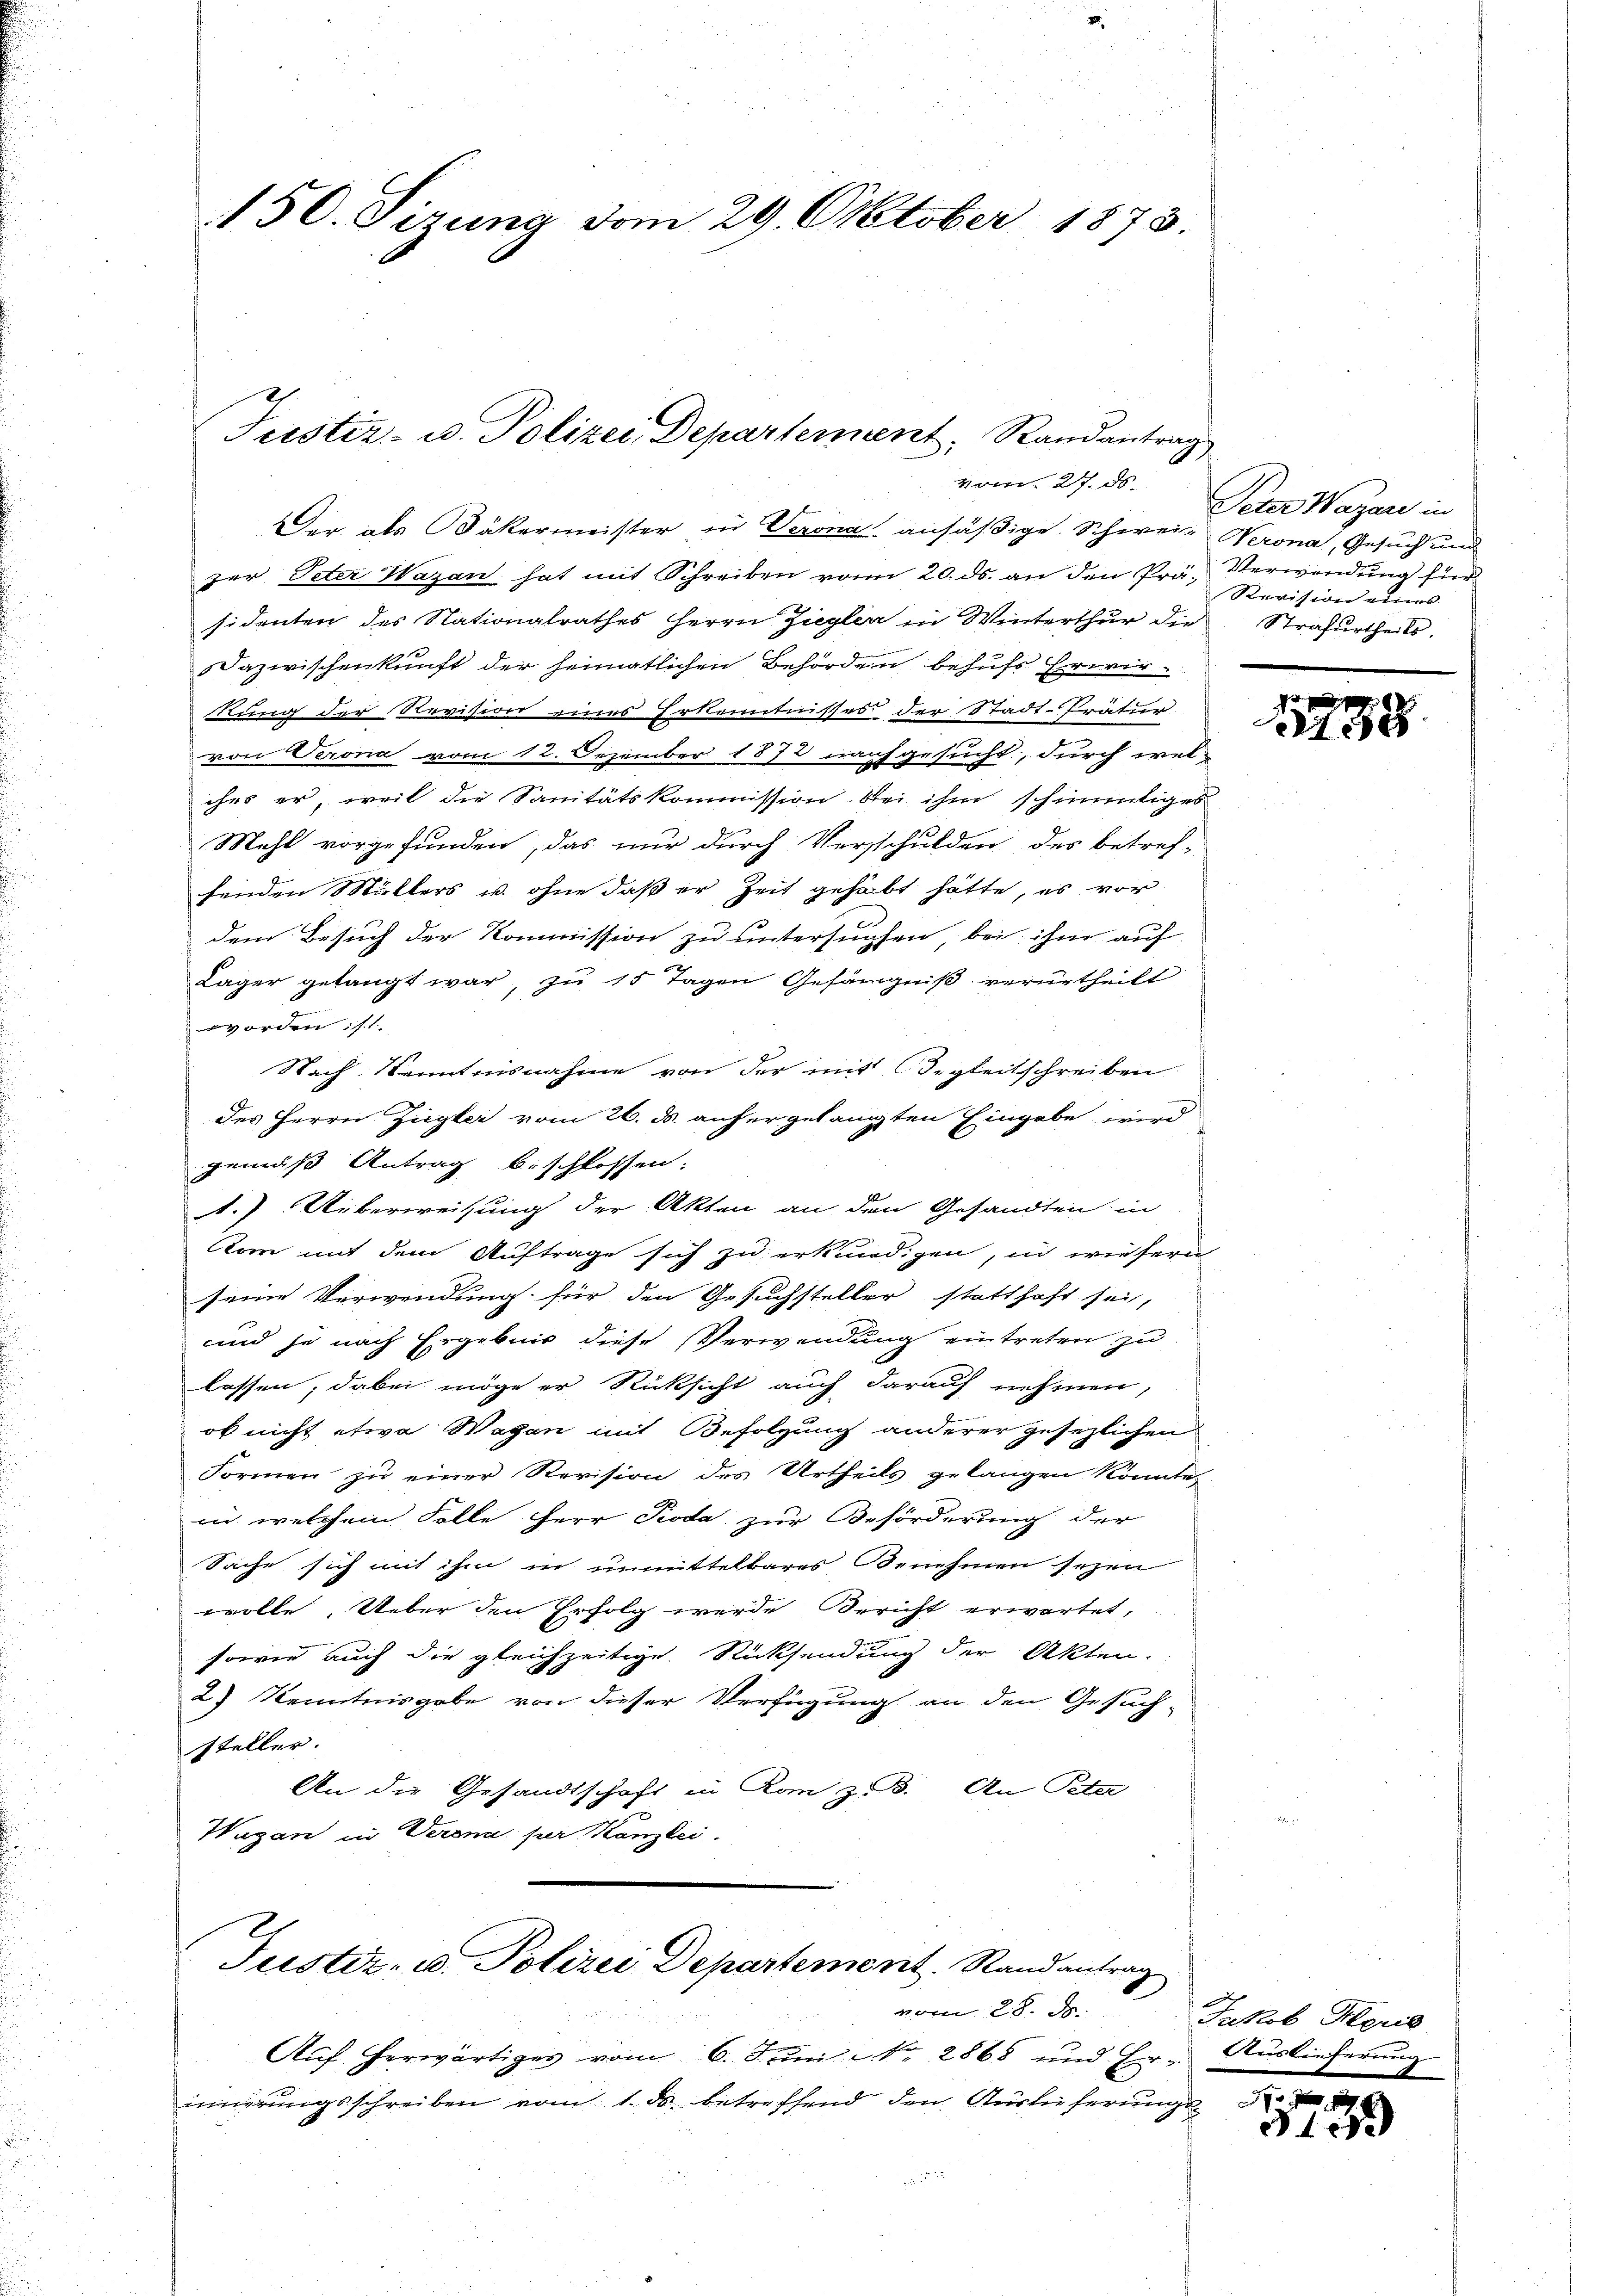
150. Sizung vom 29. Oktober 1873.

Justiz- u. Polizei Departement, Randantrag
vom 27. ds.

Der als Bäkermeister in Verona ansäßige. Schwein Verona, Gesuch und
zer Peter Wazan hat mit Schreiben vom 20. ds. an den Prä- Verwendung für
sidenten des Nationalrathes Herrn Ziegler in Winterthur die Strafurtheils
Dazwischenkunft der heimatlichen Behörden behufs Erwir-
Nung der Revision eines Erkenntnisses der Stadt-Tratur
von Serona vom 12. Dezember 1872 nachgesucht, durch welches er, weil die Sanitätskommission bei ihm schmütiges
Mahl vorgefunden, das nur durch Verschulden des betref-
fenden Müllers u. ohne daß er Zeit gehabt hätte, es vor
dem Besuch der Kommission zu untersuchen, bei ihm auf
Läger gelangt war, zu 15 Tagen Gefängniß verurtheilt
worden ist.
Nach Kenntnisnahme von der mit Begleitschreiben
des Herrn Ziegler vom 26. ds. anhergelangten Eingabe wird
gemäß Antrag beschlossen:
1.) Ueberweisung der Akten an den Gesandten in
Kom mit dem Auftrage sich zu erkundigen, in wiefern
seine Verwendung für den Gesuchsteller statthaft sei,
und je nach Ergebnis diese Verwendung eintreten zu
lassen, dabei möge er Rücksicht auch darauf nehmen,
ob nicht etwa Wagen mit Befolgung anderer gesezlichen
Formen zu einer Revision des Urtheils gelangen könnte,
ci, welchem Solle Herr Pioda zur Beförderung der
Sache sich mit ihm in unmittelbares Benehmen seyen
wolle. Ueber den Erfolg werde Bericht erwartet,
sowie auch die gleichzeitige Rücksendung der Akten.
2) Kenntnisgabe von dieser Verfügung an den Gesuch-
steller.
An die Gesandtschaft in Kan z.B. An Peter
Wagan in Veren per Kanzlei.

Auf herwärtiges vom 6. Juni Nr. 2868 und Er- Auslieferung
innerungsschreiben vom 1. ds. betreffend den Auslieferungs¬

Justiz- u. Polizei Departement. Randantrag

vom 28. d.

Peter Wazari in
Revision eines

11738

Jakob Kleris

3150